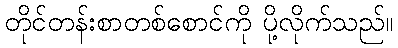
တိုင်တန်းစာတစ်စောင်ကို ပို့လိုက်သည်။